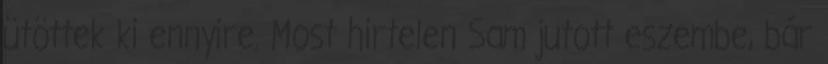
ütöttek ki ennyire. Most hirtelen Sam jutott eszembe, bár